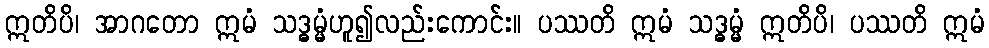
ဣတိပိ၊ အာဂတော ဣမံ သဒ္ဓမ္မံဟူ၍လည်းကောင်း။ ပဿတိ ဣမံ သဒ္ဓမ္မံ ဣတိပိ၊ ပဿတိ ဣမံ